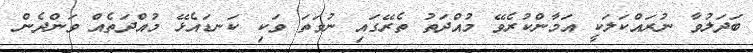
ބަދަލުވާ ނުރައްކަލަކީ އަމާންކުރެވޭ މުއްދަތު ތެރޭގައި ނުވަތަ ވަކި ކަނޑައެޅޭ މުއްދަތެއް ވަންދެން